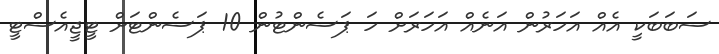
ސަބަބަކީ އެއް އަހަރުން އަނެއް އަހަރަށް ހަ ޕަސެންޓުން 10 ޕަސެންޓަށް ޓީޖީއެސްޓީ